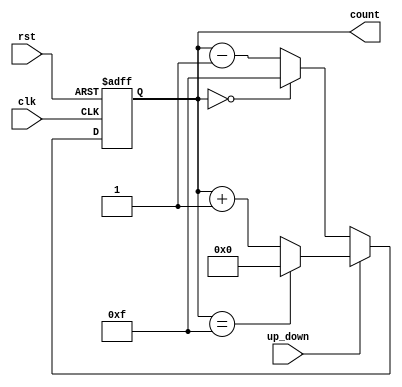
module UpDownCounter (
    input wire clk,        // Clock input
    input wire rst,        // Asynchronous reset
    input wire up_down,    // Control signal for counting direction (1 = up, 0 = down)
    output reg [3:0] count // 4-bit output for the current count value
);

    // Parameter for the maximum count value for a 4-bit counter
    parameter MAX_COUNT = 4'b1111; // 15 in decimal for 4-bit counter

    // Always block triggered on the rising edge of the clock or reset signal
    always @(posedge clk or posedge rst) begin
        if (rst) begin
            // Reset the counter to zero
            count <= 4'b0000;
        end else begin
            // Count up or down based on the up_down signal
            if (up_down) begin
                // Count up
                if (count == MAX_COUNT) 
                    count <= 4'b0000; // Wrap around to 0
                else 
                    count <= count + 4'b0001; // Increment
            end else begin
                // Count down
                if (count == 4'b0000) 
                    count <= MAX_COUNT; // Wrap around to MAX_COUNT
                else 
                    count <= count - 4'b0001; // Decrement
            end
        end
    end
endmodule